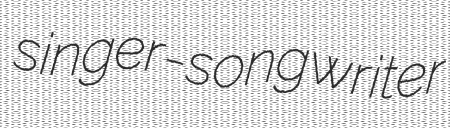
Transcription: singer-songwriter